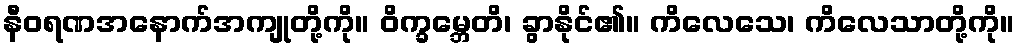
နီဝရဏအနောက်အကျုတို့ကို။ ဝိက္ခမ္ဘေတိ၊ ခွာနိုင်၏။ ကိလေသေ၊ ကိလေသာတို့ကို။